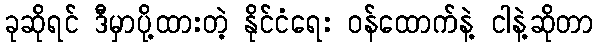
ခုဆိုရင် ဒီမှာပို့ထားတဲ့ နိုင်ငံရေး ဝန်ထောက်နဲ့ ငါနဲ့ဆိုတာ